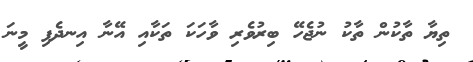
ތިޔާ ތާކުން ތާކު ނުޖެހޭ ބިރުވެރި ވާހަކަ ތަކާއި އޭނާ އިނދެފި މީނަ